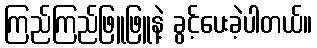
ကြည်ကြည်ဖြူဖြူနဲ့ ခွင့်ပေးခဲ့ပါတယ်။